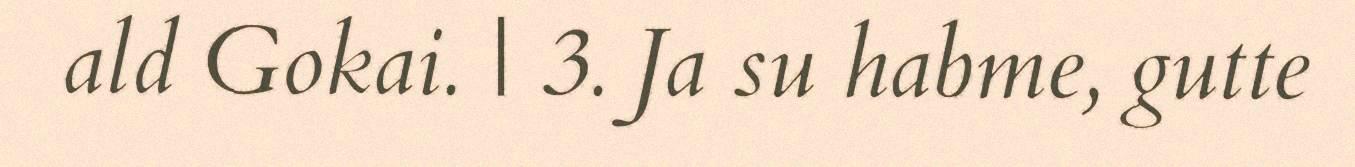
ald Gokai. | 3. Ja su habme, gutte